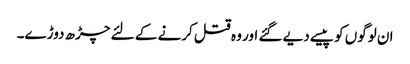
ان لوگوں کو پیسے دیے گئے اور وہ قتل کرنے کے لئے چڑھ دوڑے۔